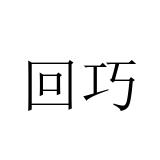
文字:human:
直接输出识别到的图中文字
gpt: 回巧